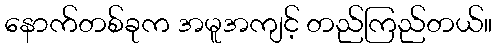
နောက်တစ်ခုက အမူအကျင့် တည်ကြည်တယ်။